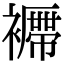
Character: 𧞝